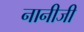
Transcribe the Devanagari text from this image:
नानीजी